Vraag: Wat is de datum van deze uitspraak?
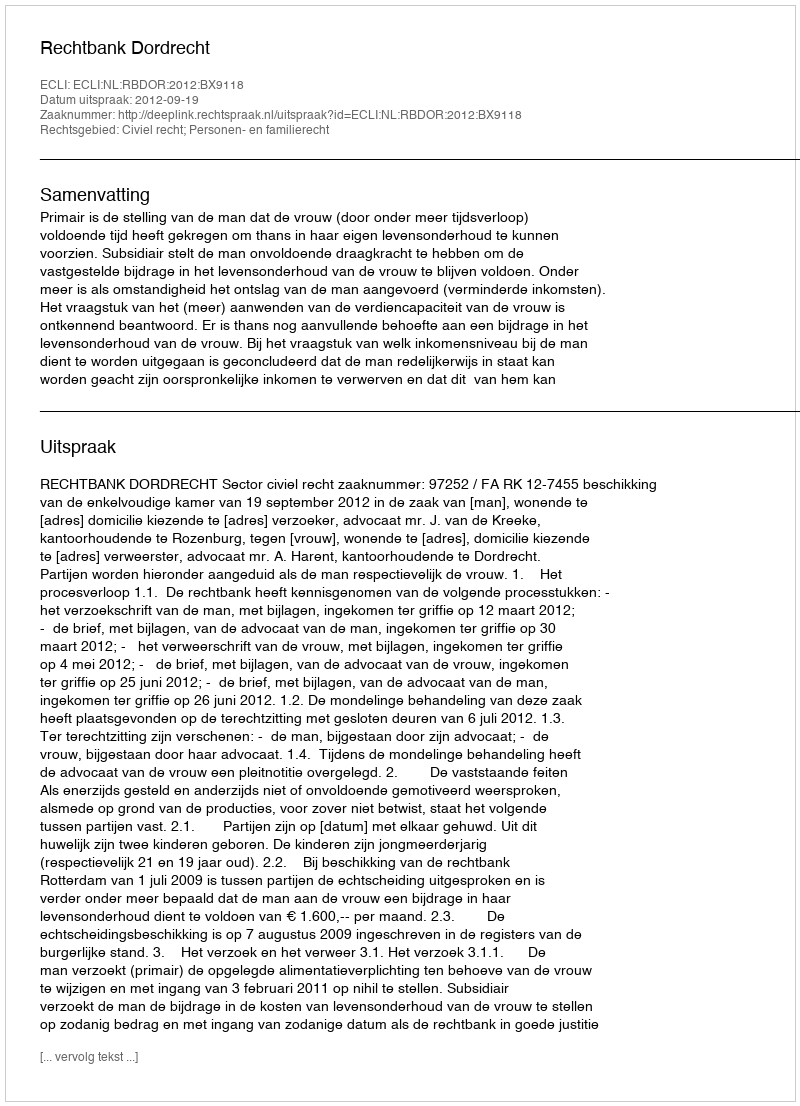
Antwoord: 2012-09-19